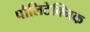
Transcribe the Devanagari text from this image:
पौलिटेक्निक